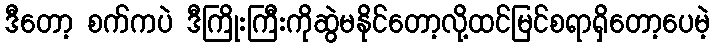
ဒီတော့ စက်ကပဲ ဒီကြိုးကြီးကိုဆွဲမနိုင်တော့လို့ထင်မြင်စရာရှိတော့ပေမဲ့